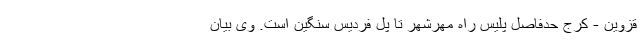
قزوین - کرج حدفاصل پلیس راه مهرشهر تا پل فردیس سنگین است. وی بیان